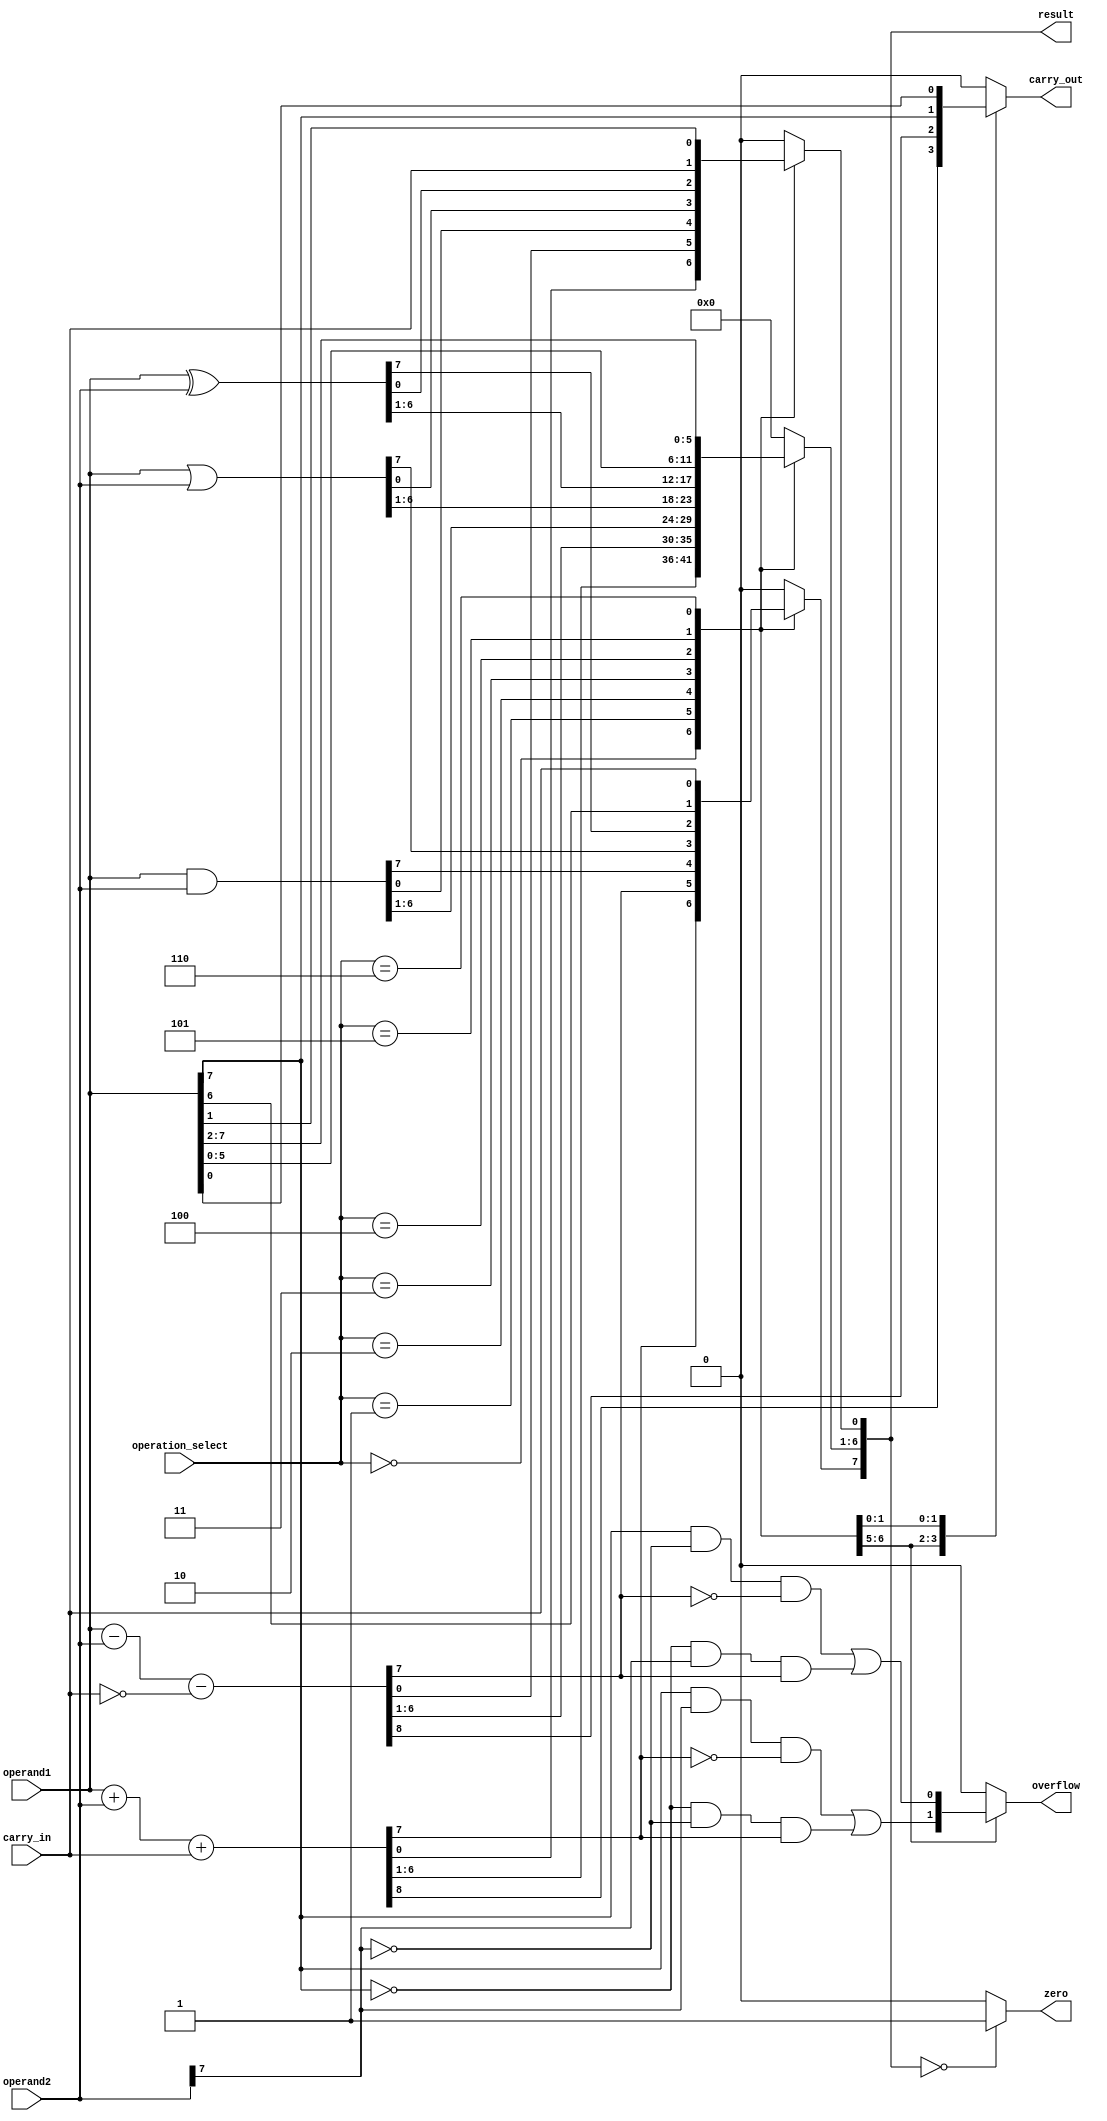
module ALU(input [7:0] operand1, operand2,
           input [2:0] operation_select,
           input carry_in,
           output reg [7:0] result,
           output reg zero,
           output reg carry_out,
           output reg overflow);

  always @(*)
  begin
    case(operation_select)
      3'b000: // Addition
        begin
          {carry_out, result} = operand1 + operand2 + carry_in;
          overflow = (operand1[7] & operand2[7] & ~result[7]) | (~operand1[7] & ~operand2[7] & result[7]);
        end
      3'b001: // Subtraction
        begin
          {carry_out, result} = operand1 - operand2 - ~carry_in;
          overflow = (operand1[7] & ~operand2[7] & ~result[7]) | (~operand1[7] & operand2[7] & result[7]);
        end
      3'b010: // Bitwise AND
        begin
          result = operand1 & operand2;
          carry_out = 0;
          overflow = 0;
        end
      3'b011: // Bitwise OR
        begin
          result = operand1 | operand2;
          carry_out = 0;
          overflow = 0;
        end
      3'b100: // Bitwise XOR
        begin
          result = operand1 ^ operand2;
          carry_out = 0;
          overflow = 0;
        end
      3'b101: // Shift Left
        begin
          result = operand1 << 1;
          result[0] = carry_in;
          carry_out = operand1[7];
          overflow = 0;
        end
      3'b110: // Shift Right
        begin
          result = operand1 >> 1;
          result[7] = carry_in;
          carry_out = operand1[0];
          overflow = 0;
        end
      default:
        begin
          result = 8'b00000000;
          carry_out = 0;
          overflow = 0;
        end
    endcase

    if(result == 8'b00000000)
      zero = 1;
    else
      zero = 0;
  end
endmodule